Report on sanitation, dispensaries, and jails in Rajputana for 1921, and on vaccination for the year 1921-1922 - 1921-1922
Year: 1921
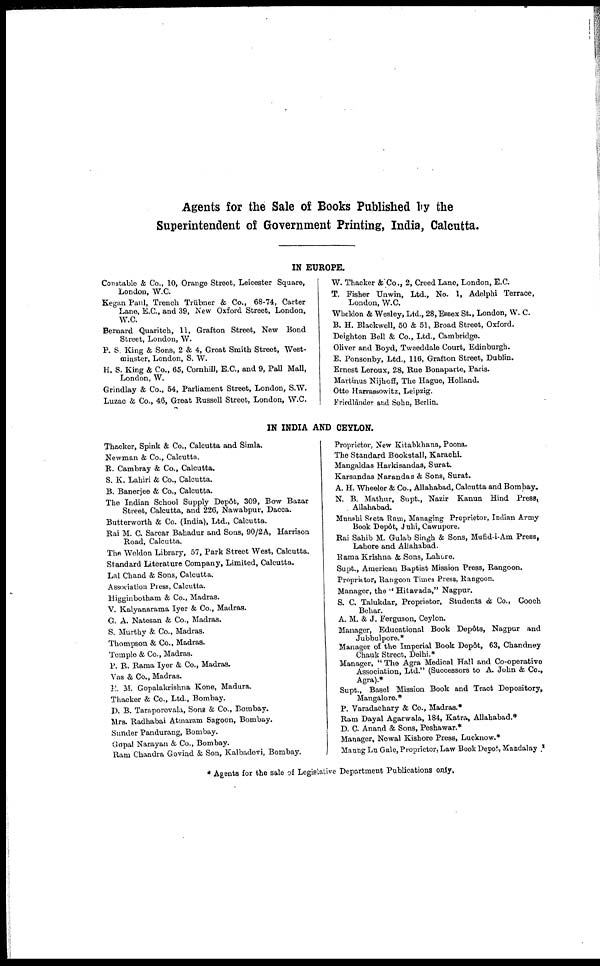
Agents for the Sale of Books Published by the
Superintendent of Government Printing, India, Calcutta.
IN EUROPE.
Constable & Co., 10, Orange Street, Leicester Square,
London, W.C.
Kegan Paul, Trench Trübner & Co., 68-74, Carter
Lane, E.C., and 39, New Oxford Street, London,
W.C.
Bernard Quaritch, 11, Grafton Street, New Bond
Street, London, W.
P. S. King & Sons, 2 & 4, Great Smith Street, West-
-inster, London, S. W.
H. S. King & Co., 65, Cornhill, E.C., and 9, Pall Mall,
London, W.
Grindlay & Co., 54, Parliament Street, London, S.W.
Luzac & Co., 46, Great Russell Street, London, W.C.
W. Thacker & Co., 2, Creed Lane, London, E.C.
T. Fisher Unwin, Ltd., No. 1, Adelphi Terrace,
London, W.C.
Wheldon & Wesley, Ltd., 28, Essex St., London, W. C.
B. H. Blackwell, 50 & 51, Broad Street, Oxford.
Deighton Bell & Co., Ltd., Cambridge.
Oliver and Boyd, Tweeddale Court, Edinburgh.
E. Ponsonby, Ltd., 116, Grafton Street, Dublin.
Ernest Leroux, 28, Rue Bonaparte, Paris.
Martinus Nijhoff, The Hague, Holland.
Otto Harrassowitz, Leipzig.
Friedlander and Sohn, Berlin.
IN INDIA AND CEYLON.
Thacker, Spink & Co., Calcutta and Simla.
Newman & Co., Calcutta.
R. Cambray & Co., Calcutta.
S. K. Lahiri & Co., Calcutta.
B. Banerjee & Co., Calcutta.
The Indian School Supply Depôt, 309, Bow Bazar
Street, Calcutta, and 226, Nawabpur, Dacca.
Butterworth & Co. (India), Ltd., Calcutta.
Rai M. C. Sarcar Bahadur and Sons, 90/2A, Harrison
Road, Calcutta.
The Weldon Library, 57, Park Street West, Calcutta.
Standard Literature Company, Limited, Calcutta.
Lal Chand & Sons, Calcutta.
Association Press. Calcutta.
Higginbotham & Co., Madras.
V. Kalyanarama Iyer & Co., Madras.
G. A. Natesan & Co., Madras.
S. Murthy & Co., Madras.
Thompson & Co., Madras.
Temple & Co., Madras.
P. R. Rama Iyer & Co., Madras.
Vas & Co., Madras.
R. M. Gopalakrishna Kone, Madura.
Thacker & Co., Ltd., Bombay.
D. B. Taraporovala, Sons & Co., Bombay.
Mrs. Radhabai Atmaram Sagoon, Bombay.
Sunder Pandurang, Bombay.
Gopal Narayan & Co., Bombay.
Ram Chandra Govind & Son, Kalbadevi, Bombay.
Proprietor, New Kitabkhana, Poona.
The Standard Bookstall, Karachi.
Mangaldas Harkisandas, Surat.
Karsandas Narandas & Sons, Surat.
A. H. Wheeler & Co., Allahabad, Calcutta and Bombay.
N. B. Mathur, Supt., Nazir Kanun Hind Press,
Allahabad.
Munshi Seeta Ram, Managing Proprietor, Indian Army
Book Depôt, Juhi, Cawnpore.
Rai Sahib M. Gulab Singh & Sons, Mufid-i-Am Press,
Lahore and Allahabad.
Rama Krishna & Sons, Lahore.
Supt., American Baptist Mission Press, Rangoon.
Proprietor, Rangoon Times Press, Rangoon.
Manager, the " Hitavada," Nagpur.
S. C. Talukdar, Proprietor, Students & Co., Cooch
Bohar.
A. M. & J. Ferguson, Ceylon.
Manager, Educational Book Depôts, Nagpur and
Jubbulpore.*
Manager of the Imperial Book Depôt, 63, Chandney
Chauk Street, Delhi.*
Manager, " The Agra Medical Hall and Co-operative
Association, Ltd." (Successors to A. John & Co.,
Agra).*
Supt., Basel Mission Book and Tract Depository,
Mangalore.*
P. Varadachary & Co., Madras.*
Ram Dayal Agarwala, 184, Katra, Allahabad.*
D. C. Anand & Sons, Peshawar.*
Manager, Newal Kishore Press, Lucknow.*
Maung Lu Gale, Proprietor, Law Book Depot., Mandalay.*
* Agents for the sale of Legislative Department Publications only.